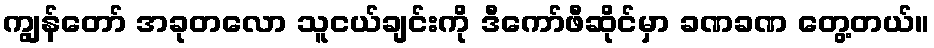
ကျွန်တော် အခုတလော သူငယ်ချင်းကို ဒီကော်ဖီဆိုင်မှာ ခဏခဏ တွေ့တယ်။